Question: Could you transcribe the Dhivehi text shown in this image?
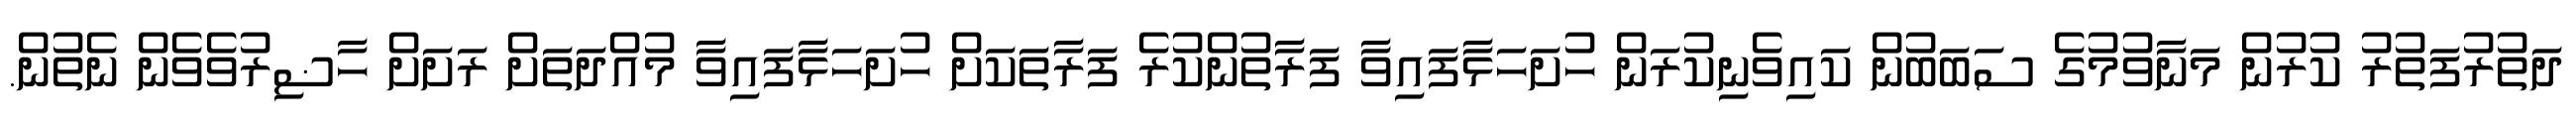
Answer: ދަތުރުފަތުރު ކުރުން މަނާވުމުގެ ސަބަބުން ކައިވެނިކުރަން ހުށަހަޅާފައިވާ ފަރާތުންކުރެ ފަރާތަކަށް ހުށަހަޅާފައިވާ މުއްދަތަށް ރަށަށް ހާޟިރުވެވެން ނެތުން.